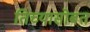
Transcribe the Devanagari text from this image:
तिच्यासोबत